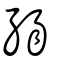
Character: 弱